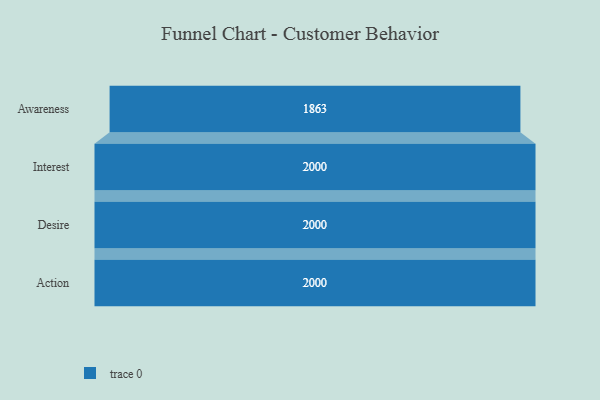
{"axis": {"x": "Stage", "y": "Value"}, "legend": [""], "data": [{"x": "Awareness", "y": 1863.0, "type": ""}, {"x": "Interest", "y": 2000, "type": ""}, {"x": "Desire", "y": 2000, "type": ""}, {"x": "Action", "y": 2000, "type": ""}]}